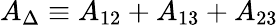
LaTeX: A_{\Delta}\equiv A_{12}+A_{13}+A_{23}